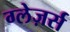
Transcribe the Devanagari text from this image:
ग्लेज़र्स